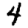
Digit: 4